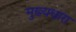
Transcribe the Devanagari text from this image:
मुख्‍यधारा